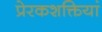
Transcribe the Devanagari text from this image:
प्रेरकशक्तियां